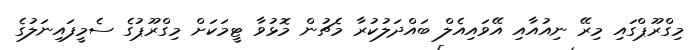
މިގްރޫޕްގައި މިރޭ ނިއުއާއި އޭވައިއެލް ބައްދަލުކުރާ މެޗުން މޮޅުވާ ޓީމަކަށް މިގްރޫޕުގެ ސެމީފައިނަލުގެ